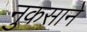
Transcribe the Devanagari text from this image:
नुकसाने